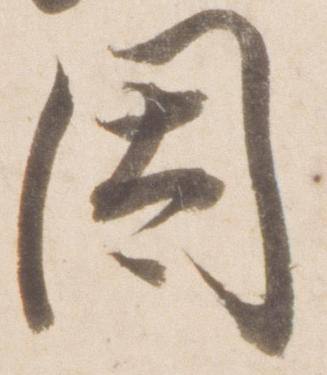
因